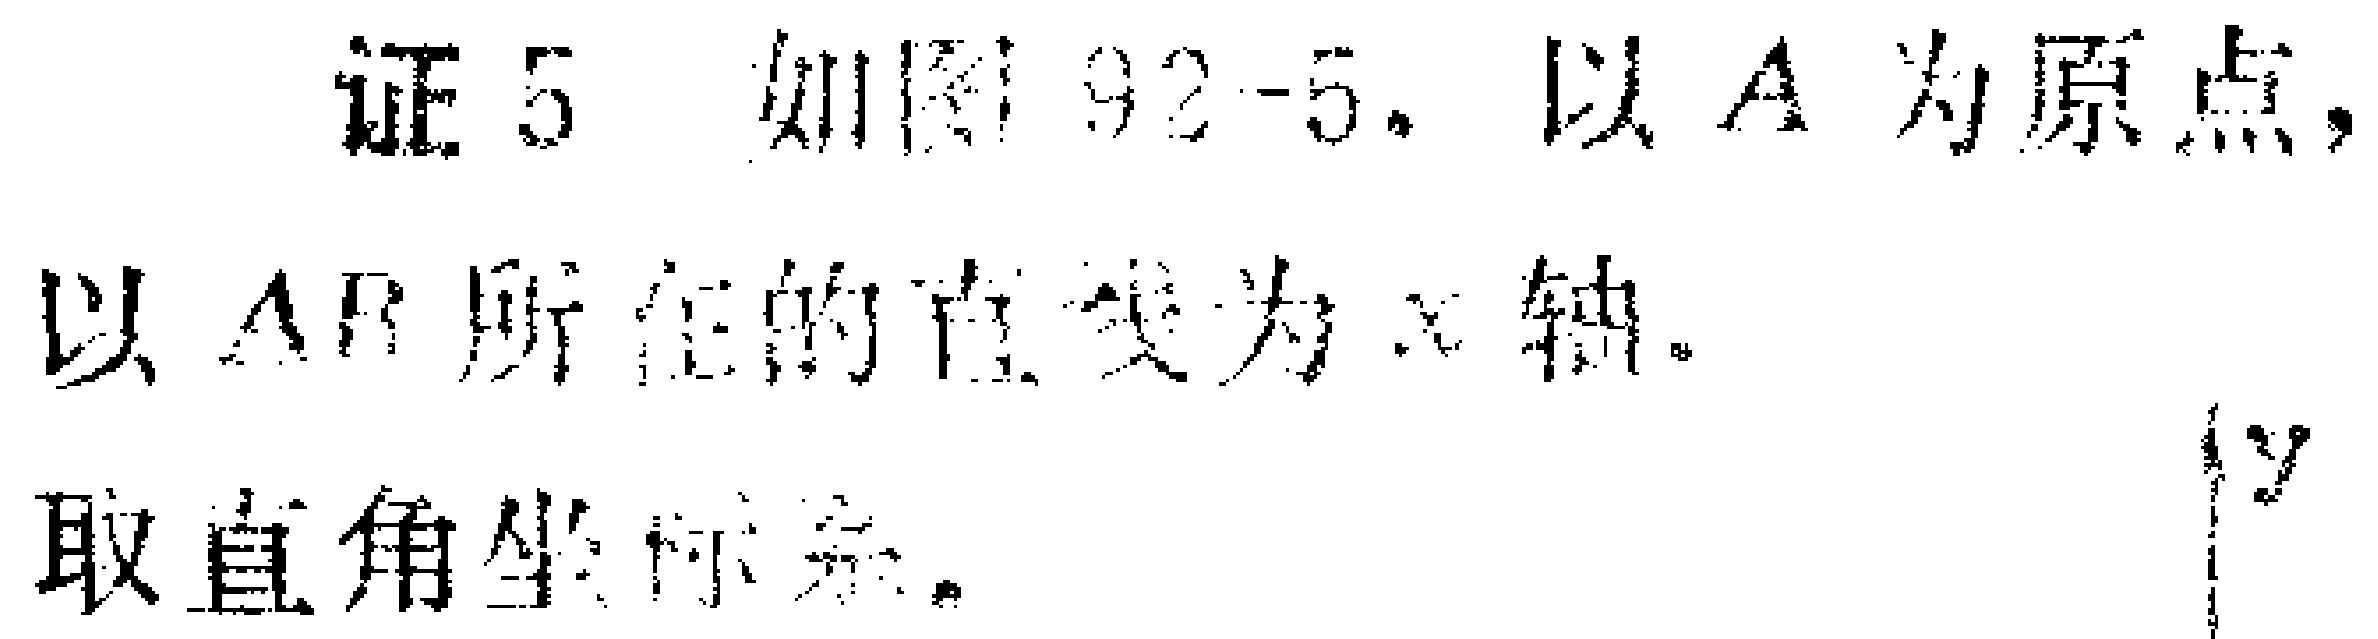
证5 如图92 - 5，以\(A\)为原点，以\(AB\)所在的直线为\(x\)轴，取直角坐标系。